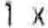
1 X